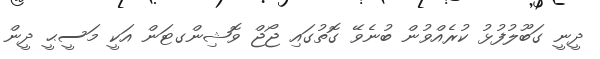
ދީނީ ގަބޫލުފުޅު ކުރެއްވުން ބުނެވޭ ގޮތުގައި ޖޯޖް ވޮޝިންގޓަން އަކީ މަސީޙީ ދީން